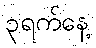
၃ရက်နေ့